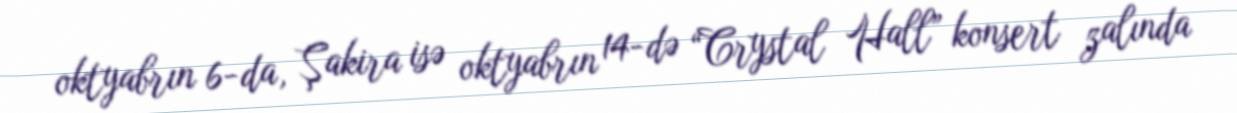
oktyabrın 6-da, Şakira isə oktyabrın 14-də “Crystal Hall” konsert zalında